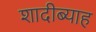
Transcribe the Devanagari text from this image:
शादीब्याह